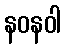
နဝနဝါ